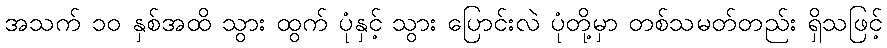
အသက် ၁၀ နှစ်အထိ သွား ထွက် ပုံနှင့် သွား ပြောင်းလဲ ပုံတို့မှာ တစ်သမတ်တည်း ရှိသဖြင့်